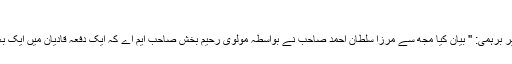
(ناقل)
-04تاکید نماز پر برہمی: '' بیان کیا مجھ سے مرزا سلطان احمد صاحب نے بواسطہ مولوی رحیم بخش صاحب ایم اے کہ ایک دفعہ قادیان میں ایک بغدادی مولوی آیا۔